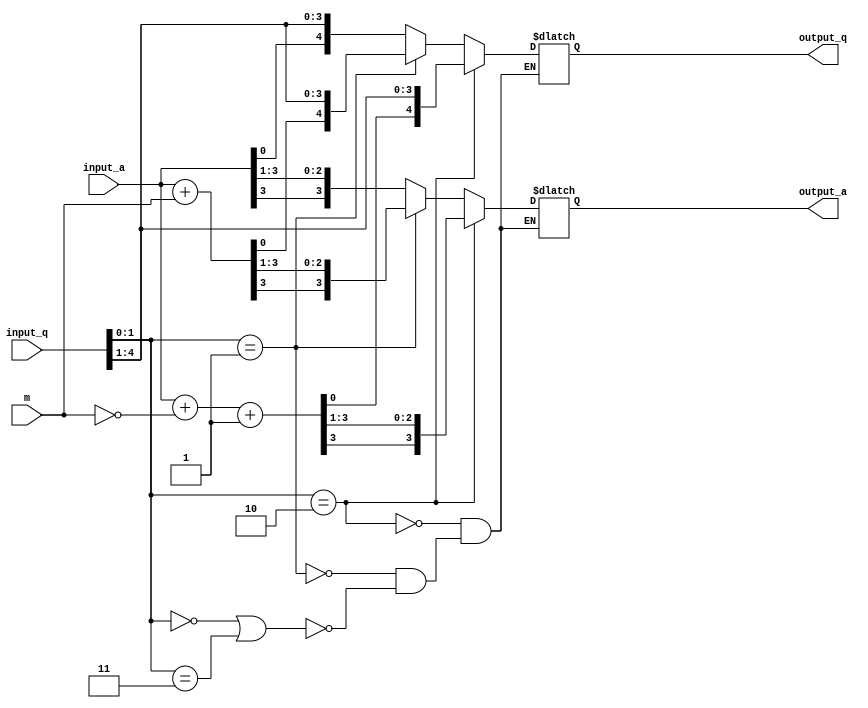
`timescale 1ns / 1ps
//////////////////////////////////////////////////////////////////////////////////
// Company: 
// Engineer: 
// 
// Design Name: 
// Module Name:    booth 
// Project Name: 
// Target Devices: 
// Tool versions: 
// Description: 
//
// Dependencies: 
//
// Revision: 
// Revision 0.01 - File Created
// Additional Comments: 
//
//////////////////////////////////////////////////////////////////////////////////
module booth(
	input [3:0] input_a, // A
	input [3:0] m, // Multiply
	input [4:0] input_q, // multiplican
	output [3:0] output_a, 
	output [4:0] output_q
	);
reg [3:0] temp1;
reg [4:0] temp2;
wire [3:0] sum_a = input_a + m;
wire [3:0] dif_a = input_a + ~m + 1;

always@(input_a,m,input_q,sum_a,dif_a)	
begin
	if((input_q[1:0] == 2'b00) || (input_q[1:0] == 2'b11))
	begin 
		temp1 = {input_a[3], input_a[3:1]};
		temp2 = {input_a[0], input_q[4:1]};
	end
	if(input_q[1:0]  == 2'b01)
	begin
		temp1 = {sum_a[3], sum_a[3:1]};
		temp2 = {sum_a[0], input_q[4:1]};
	end
	if(input_q[1:0] == 2'b10)
	begin
		temp1 = {dif_a[3], dif_a[3:1]};
		temp2 = {dif_a[0], input_q[4:1]};
	end
end
assign output_a = temp1;
assign output_q = temp2;	
endmodule